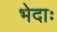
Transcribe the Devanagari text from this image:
भेदाः